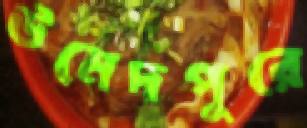
উমেদপুরে